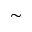
\sim